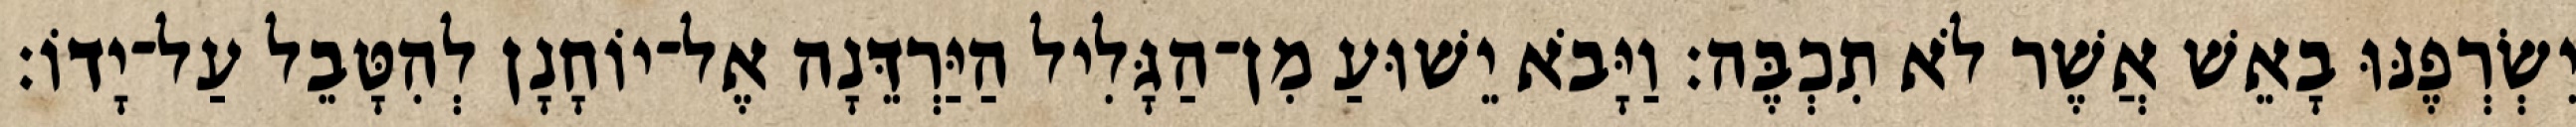
יִשְׂרְפֶנּוּ בָאֵשׁ אֲשֶׁר לֹא תִכְבֶּה׃ וַיָּבֹא יֵשׁוּעַ מִן־הַגָּלִיל הַיַּרְדֵּנָה אֶל־יוֹחָנָן לְהִטָּבֵל עַל־יָדוֹ׃